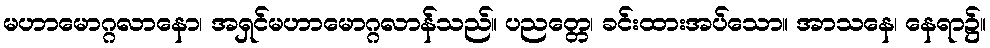
မဟာမောဂ္ဂလာနော၊ အရှင်မဟာမောဂ္ဂလာန်သည်။ ပညတ္တေ၊ ခင်းထားအပ်သော။ အာသနေ၊ နေရာ၌။